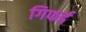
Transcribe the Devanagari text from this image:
गिफर्ड